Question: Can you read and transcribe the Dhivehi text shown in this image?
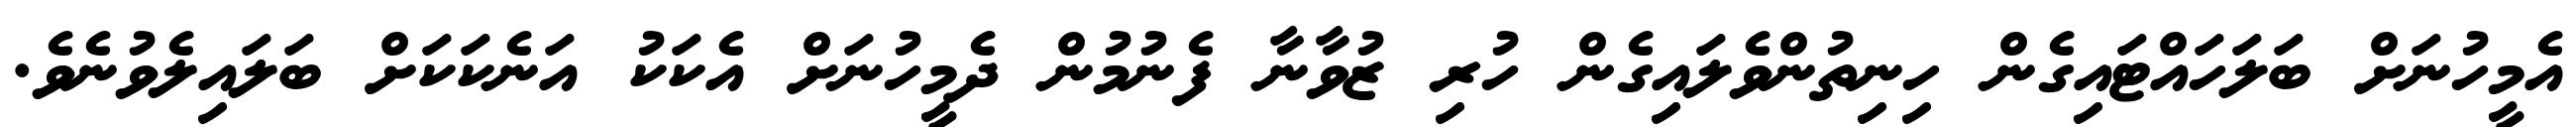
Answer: އެމީހުނަށް ބަލަހައްޓައިގެން ހިނިތުންވެލައިގެން ހުރި ޒުވާނާ ފެނުމުން ދެމީހުނަށް އެކަކު އަނެކަކަށް ބަލައިލެވުނެވެ.